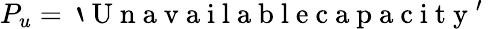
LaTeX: P_{u}=\mathrm{~`~U~n~a~v~a~i~l~a~b~l~e~c~a~p~a~c~i~t~y~'~}